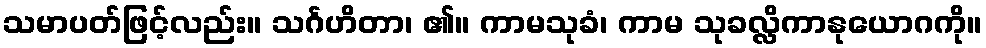
သမာပတ်ဖြင့်လည်း။ သင်္ဂဟိတာ၊ ၏။ ကာမသုခံ၊ ကာမ သုခလ္လိကာနုယောဂကို။